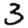
Digit: 3